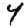
Digit: 4